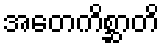
အတေကိစ္ဆာတိ